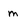
Character: m